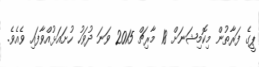
ޕީގެ ފަރާތުން މިކޮމިޝަނަށް 18 މާރިޗް 2015 ވަނަ ދުވަހު ހުށައަޅުއްވާފައި ވެއެވެ.